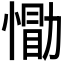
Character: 𪬢